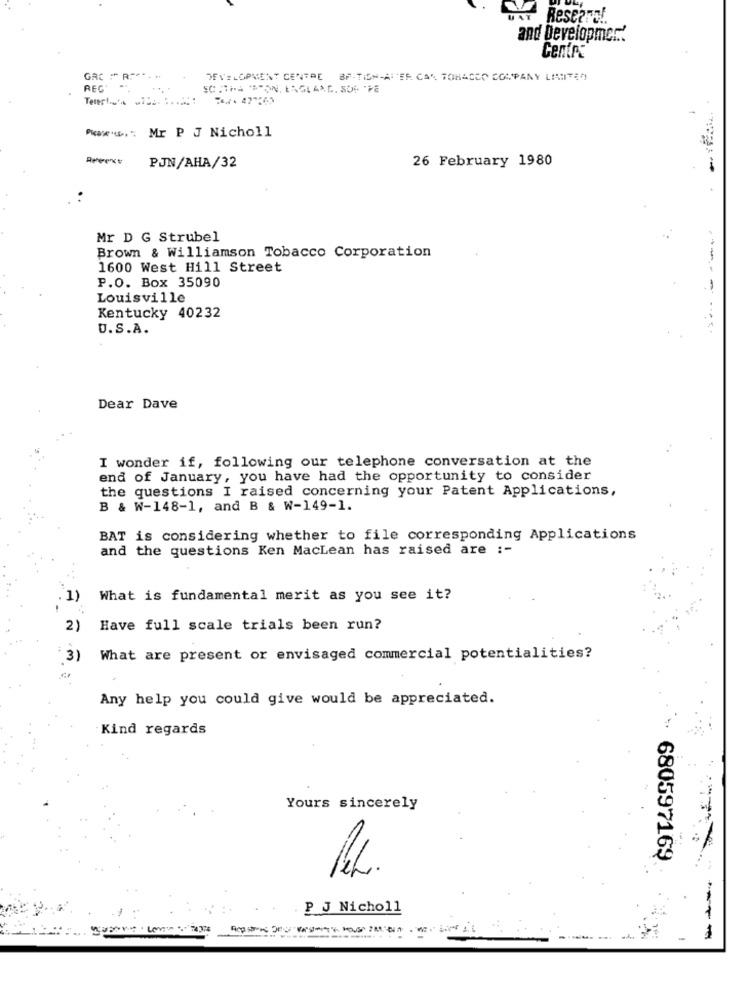
UAY Rescare !.
and Developmer ..
Centro
GRC : RP ****
DEVELOPMENT CENTRE BF-TISH-AIER CAN TOBACCO COMPANY LIMITED
REC
SCHTHE STON, ENGLAND. SOP PE
Mr P J Nicholl
26 February 1980
PJN/AHA/32
Mr D G Strubel
Brown & Williamson Tobacco Corporation
1600 West Hill Street
P.O. Box 35090
-----
Louisville
Kentucky 40232
U.S.A.
.....
Dear Dave
I wonder if, following our telephone conversation at the
end of January, you have had the opportunity to consider
the questions I raised concerning your Patent Applications,
B & W-148-1, and B & W-149-1.
BAT is considering whether to file corresponding Applications
and the questions Ken MacLean has raised are :-
1)
What is fundamental merit as you see it?
2)
Have full scale trials been run?
3)
What are present or envisaged commercial potentialities?
Any help you could give would be appreciated.
Kind regards
Yours sincerely
680597169
PL
P J Nicholl
--